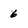
Character: 6